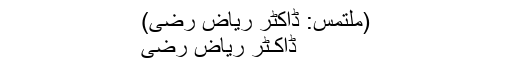
(ملتمس: ڈاکٹر ریاض رضیؔ)
ڈاکـٹر ریاض رضی